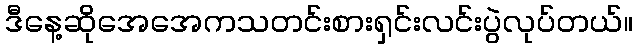
ဒီနေ့ဆိုအေအေကသတင်းစားရှင်းလင်းပွဲလုပ်တယ်။